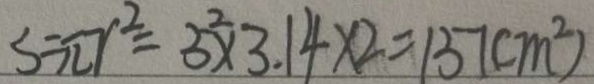
S = \pi r ^ { 2 } = 5 ^ { 2 } \times 3 . 1 4 \times 2 = 1 5 7 ( m ^ { 2 } )